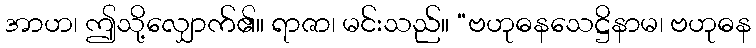
အာဟ၊ ဤသို့လျှောက်၏။ ရာဇာ၊ မင်းသည်။ “ဗဟုဓနသေဋ္ဌိနာမ၊ ဗဟုဓန